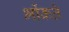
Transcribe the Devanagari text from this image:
भोंकते